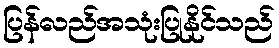
ပြန်လည်အသုံးပြုနိုင်သည်